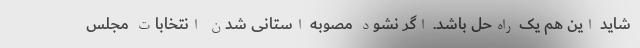
شاید این هم یک راه‌حل باشد. اگر نشود مصوبه استانی شدن انتخابات مجلس